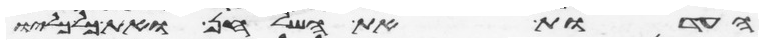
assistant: העדות את השלחן ואת כל כליו